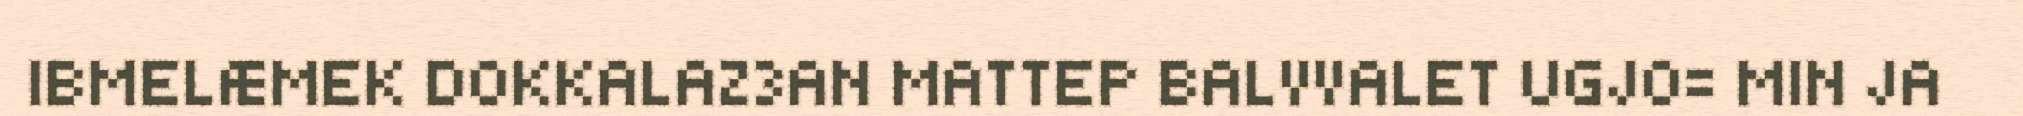
IBMELÆMEK DOKKALAZ3AN MATTEP BALVVALET UGJO= MIN JA